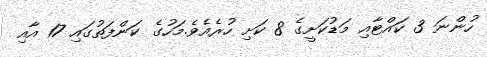
ހުންނަ 3 ކައްޓާއި މަޑުކަށީގެ 8 ކަށި ހުރެއެވެ.މަހުގެ ކަންފަތުގައި 17 އާއި